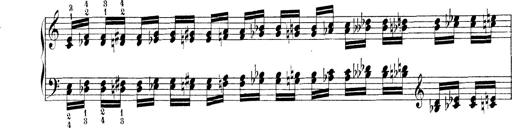
Title: Technische Studien
Composer: Franz Liszt